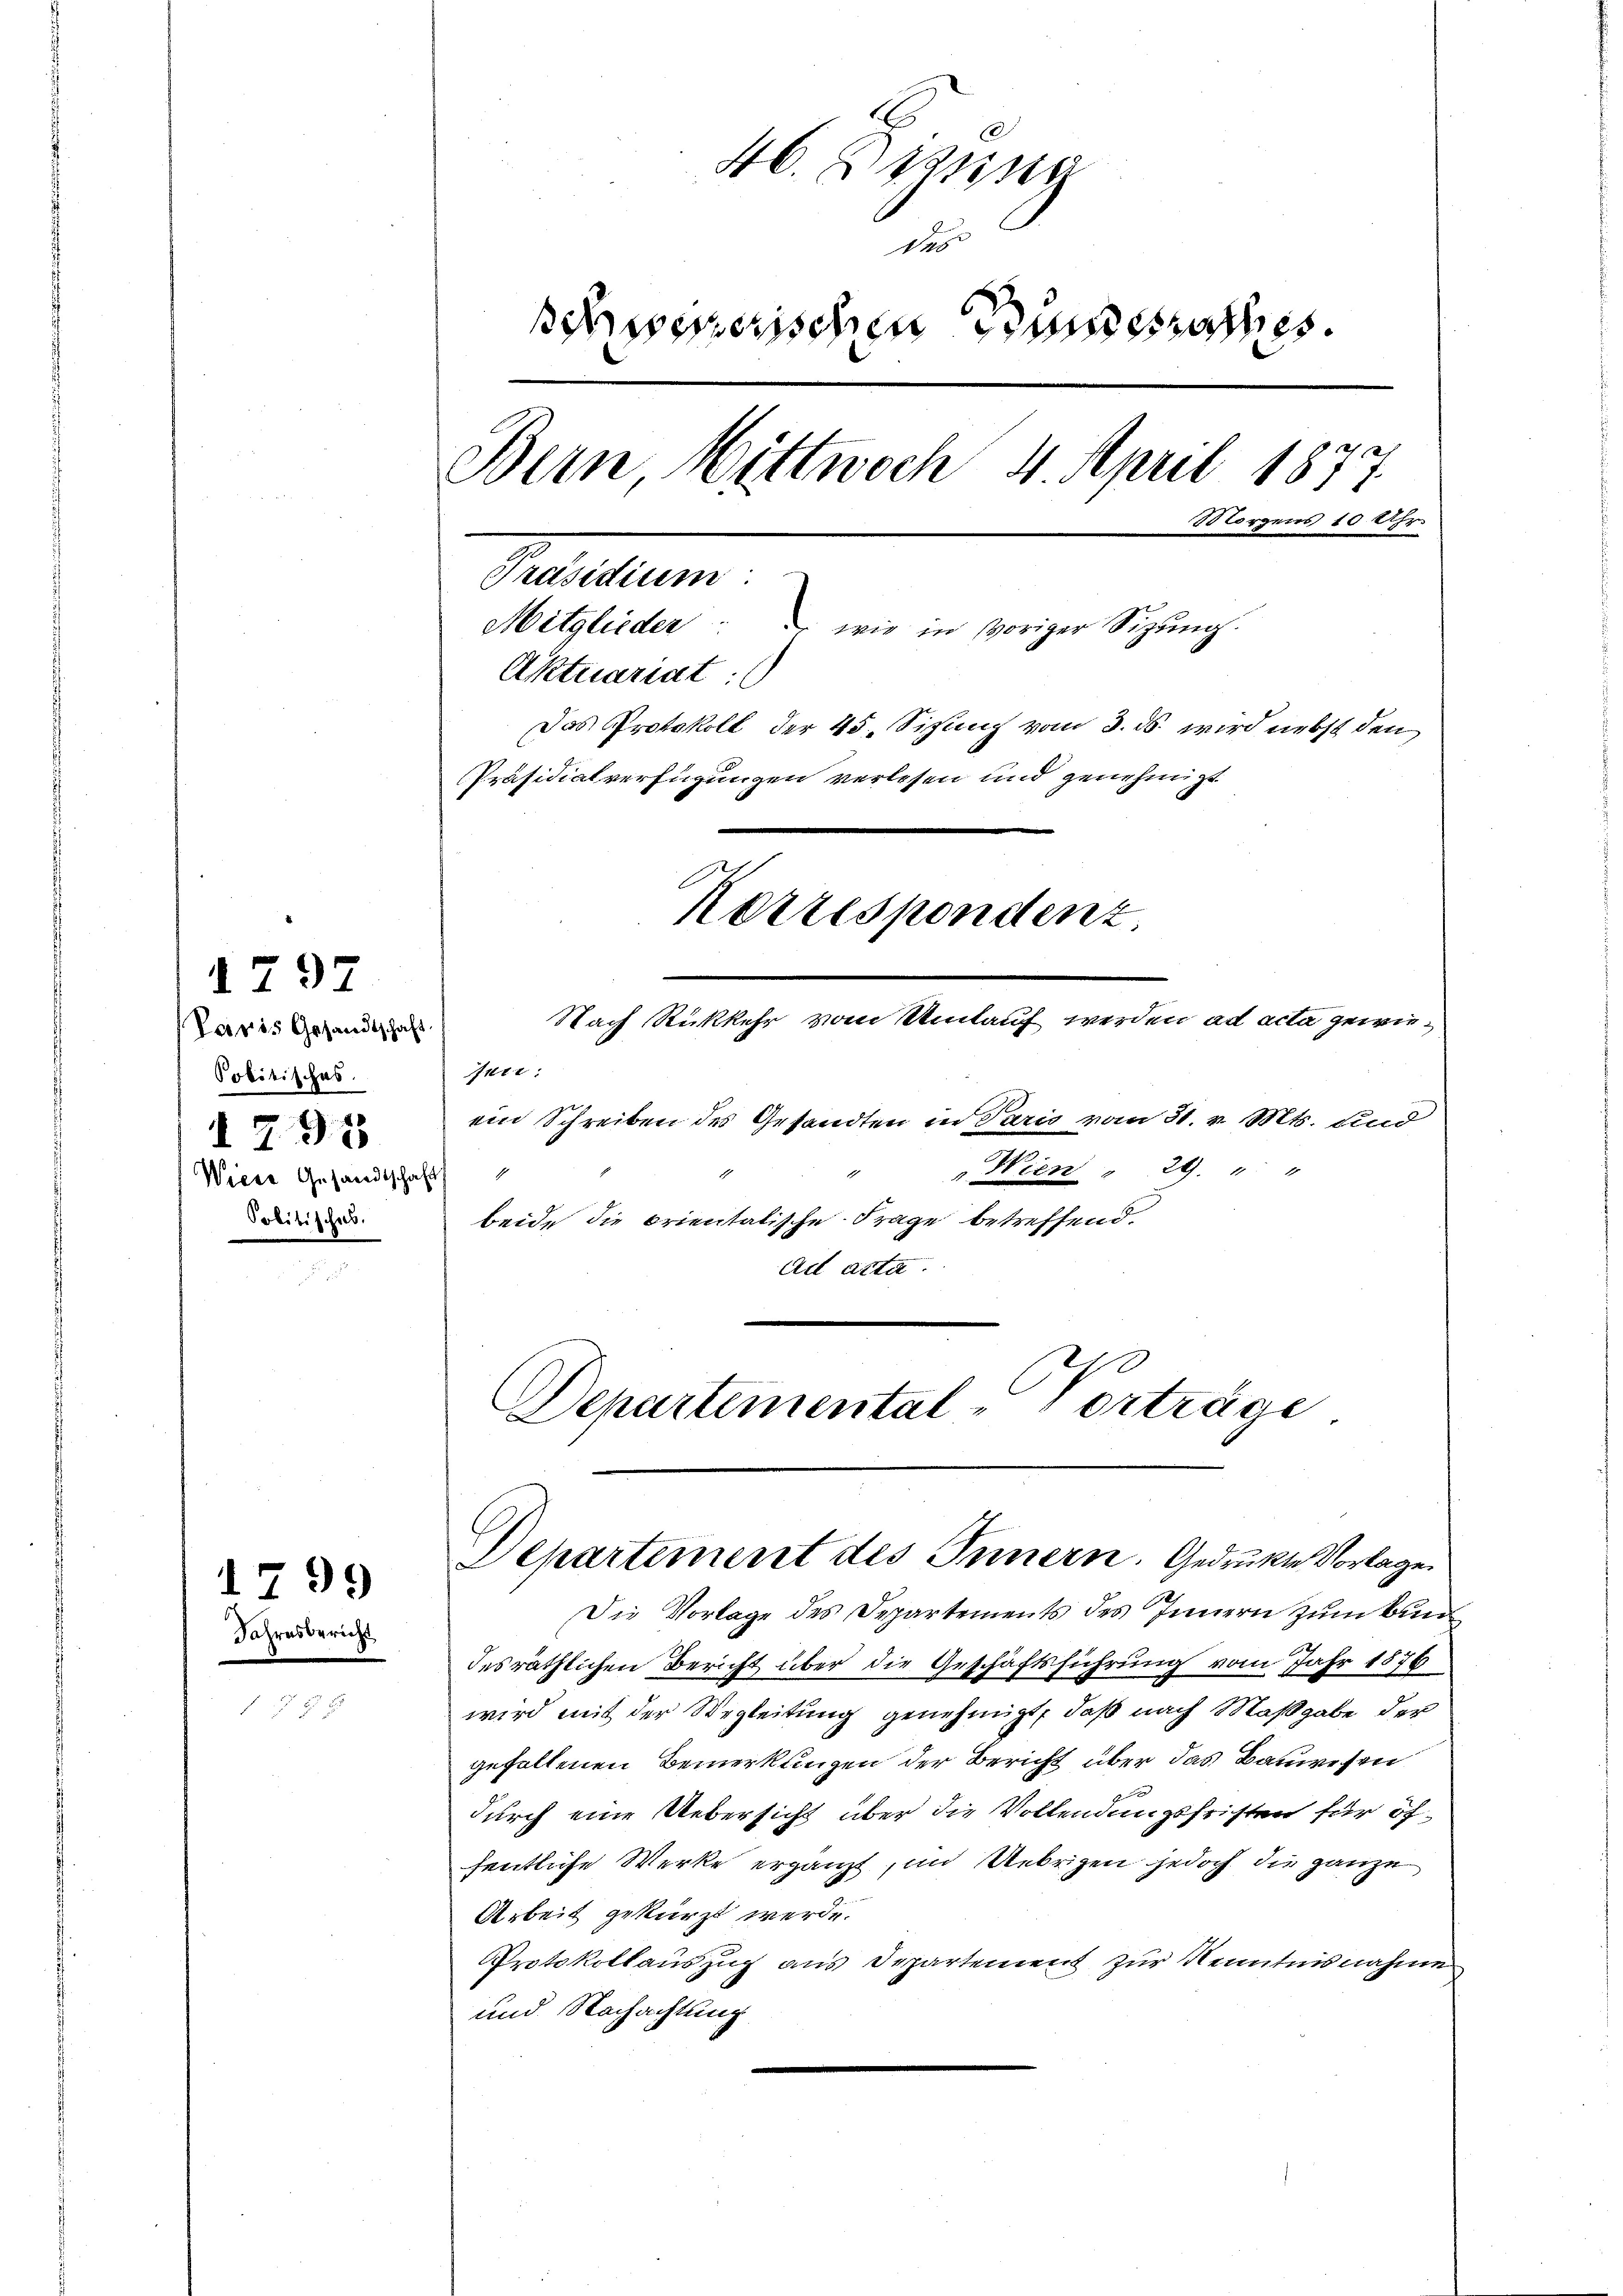
Paris Gesandtschaft.
Pobitisches.
Politisches.

1797

Jahresbericht

1799

46. Denung
des
schwesserischen Bundesrathes.
Bern Wittwoch 4. April 1877
Morgens 10 Uhr.
Petitum.
Mitglieder " " wie in voriger Sizŭng.
Aktuariat
Das Protokoll der 45. Sitzung vom 3. ds. wird nebst den
Präsidialverfügungen verlesen und genehmigt.
Korrespondenz.
Nach Rückkehr vom Umlauf werden ad acta gewie¬
Ince:
 ein Schreiben des Gesandten in Paris vom 31. v. Mts. und
Wien " 29. " "
Wiese Gesandtschaft
beide die orientalische Frage betreffend.
ad acta

Die Vorlage des Departements des Innern zum Bundesräthlichen Bericht über die Geschäftsführung vom Jahr 1876
wird mit der Wegleitung genehmigt, daß nach Maßgabe der
gefallenen Bemerkungen der Bericht über das Bauwesen
durch eine Uebersicht über die Vollendungsfristen für öffentliche Werke ergänzt, in Uebrigen jedoch die ganze
Arbeit gekürzt werde.
Protokollauszug aus Departement zur Kenntnisnahme
und Nachachtung

Departemental-Vorträge
Departement des Innern. Gedruckte Vorlage